Annual report of the Imperial Bacteriologist
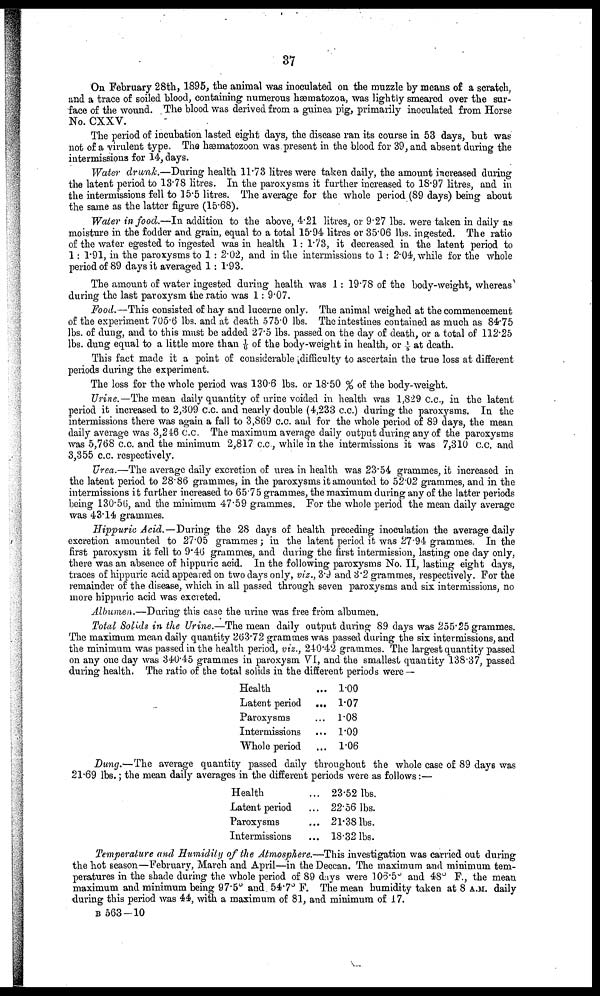
37
On February 28th, 1895, the animal was inoculated on the muzzle by means of a scratch,
and a trace of soiled blood, containing numerous hæmatozoa, was lightly smeared over the sur-
face of the wound. The blood was derived from a guinea pig, primarily inoculated from Horse
No. CXXV.
The period of incubation lasted eight days, the disease ran its course in 53 days, but was
not of a virulent type. The hæmatozoon was present in the blood for 39, and absent during the
intermissions for 14, days.
Water drunk.—During health 11.73 litres were taken daily, the amount increased during
the latent period to 13.78 litres. In the paroxysms it further increased to 18.97 litres, and in
the intermissions fell to 15.5 litres. The average for the whole period (89 days) being about
the same as the latter figure (15.68).
Water in food.—In addition to the above, 4.21 litres, or 9.27 lbs. were taken in daily as
moisture in the fodder and grain, equal to a total 15.94 litres or 35.06 lbs. ingested. The ratio
of the water egested to ingested was in health 1: 1.73, it decreased in the latent period to
1: 1.91, in the paroxysms to 1 : 2.02, and in the intermissions to 1: 2.04, while for the whole
period of 89 days it averaged 1: 1.93.
The amount of water ingested during health was 1: 19.78 of the body-weight, whereas
during the last paroxysm the ratio was 1: 9.07.
Food.—This consisted of hay and lucerne only. The animal weighed at the commencement
of the experiment 705.6 lbs. and at death 575.0 lbs. The intestines contained as much as 84.75
lbs. of dung, and to this must be added 27.5 lbs. passed on the day of death, or a total of 112.25
lbs. dung equal to a little more than 1/6 of the body-weight in health, or 1/5 at death.
This fact made it a point of considerable difficulty to ascertain the true loss at different
periods during the experiment.
The loss for the whole period was 130.6 lbs. or 18.50 % of the body-weight.
Urine.—The mean daily quantity of urine voided in health was 1,829 c.c., in the latent
period it increased to 2,309 c.c. and nearly double (4,233 c.c.) during the paroxysms. In the
intermissions there was again a fall to 3,869 c.c. and for the whole period of 89 days, the mean
daily average was 3,246 c.c. The maximum average daily output during any of the paroxysms
was 5,768 c.c. and the minimum 2,817 c.c., while in the intermissions it was 7,310 c.c. and
3,355 c.c. respectively.
Urea.—The average daily excretion of urea in health was 23.54 grammes, it increased in
the latent period to 28.86 grammes, in the paroxysms it amounted to 52.02 grammes, and in the
intermissions it further increased to 65.75 grammes, the maximum during any of the latter periods
being 130.56, and the minimum 47.59 grammes. For the whole period the mean daily average
was 43.14 grammes.
Hippuric Acid.—During the 28 days of health preceding inoculation the average daily
excretion amounted to 27.05 grammes ; in the latent period it was 27.94 grammes. In the
first paroxysm it fell to 9.46 grammes, and during the first intermission, lasting one day only,
there was an absence of hippuric acid. In the following paroxysms No. II, lasting eight days,
traces of hippuric acid appeared on two days only, viz., 3.9 and 3.2 grammes, respectively. For the
remainder of the disease, which in all passed through seven paroxysms and six intermissions, no
more hippuric acid was excreted.
Albumen.—During this case the urine was free from albumen.
Total Solids in the Urine.—The mean daily output during 89 days was 255.25 grammes.
The maximum mean daily quantity 263.72 grammes was passed during the six intermissions, and
the minimum was passed in the health period, viz., 240.42 grammes. The largest quantity passed
on any one day was 340.45 grammes in paroxysm VI, and the smallest quantity 138.37, passed
during health. The ratio of the total solids in the different periods were —
Health.
Latent period .
Paroxysms
Intermissions
Whole period
.. 1.00
.. 1.07
.. 1.08
.. 1.09
.. 1.06
Dung.—The average quantity passed daily throughout the whole case of 89 days was
21.69 lbs.; the mean daily averages in the different periods were as follows:—
Health
Latent period
Paroxysms
Intermissions
,.. 23.52 lbs.
.. 22.56 lbs.
,.. 21.38 lbs.
,.. 18.32 lbs.
Temperature and Humidity of the Atmosphere.—This investigation was carried out during
the hot season—February, March and April—in the Deccan. The maximum and minimum tem-
peratures in the shade during the whole period of 89 days were 106.5° and 48° F., the mean
maximum and minimum being 97.5° and. 54.7° F. The mean humidity taken at 8 A.M. daily
during this period was 44, with a maximum of 81, and minimum of 17.
B 563-10